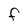
Character: F